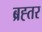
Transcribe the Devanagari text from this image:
ब्रह्तर